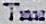
TAX